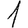
Digit: 1